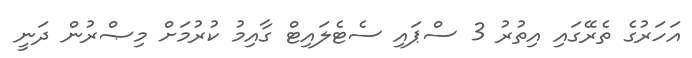
އަހަރުގެ ތެރޭގައި އިތުރު 3 ސްޕައި ސެޓެލައިޓް ގާއިމު ކުރުމަށް މިޞްރުން ދަނީ